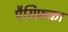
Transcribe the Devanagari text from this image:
पैसिफ़का